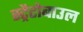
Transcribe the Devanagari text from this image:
स्ट्रैटोबाउल